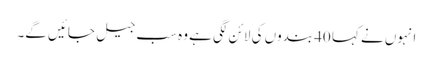
انہوں نے کہا 40 بندوں کی لائن لگی ہے وہ سب جیل جائیں گے۔